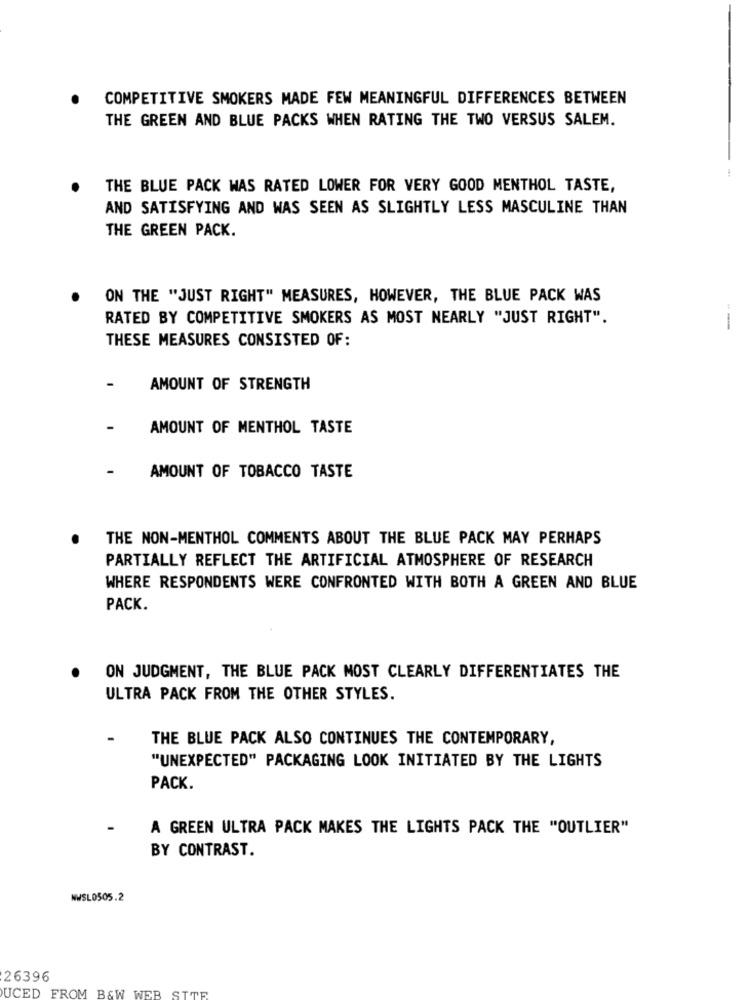
COMPETITIVE SMOKERS MADE FEW MEANINGFUL DIFFERENCES BETWEEN
THE GREEN AND BLUE PACKS WHEN RATING THE TWO VERSUS SALEM.
THE BLUE PACK WAS RATED LOWER FOR VERY GOOD MENTHOL TASTE,
AND SATISFYING AND WAS SEEN AS SLIGHTLY LESS MASCULINE THAN
THE GREEN PACK.
ON THE "JUST RIGHT" MEASURES, HOWEVER, THE BLUE PACK WAS
RATED BY COMPETITIVE SMOKERS AS MOST NEARLY "JUST RIGHT".
--
THESE MEASURES CONSISTED OF:
AMOUNT OF STRENGTH
AMOUNT OF MENTHOL TASTE
AMOUNT OF TOBACCO TASTE
THE NON-MENTHOL COMMENTS ABOUT THE BLUE PACK MAY PERHAPS
PARTIALLY REFLECT THE ARTIFICIAL ATMOSPHERE OF RESEARCH
WHERE RESPONDENTS WERE CONFRONTED WITH BOTH A GREEN AND BLUE
PACK.
ON JUDGMENT, THE BLUE PACK MOST CLEARLY DIFFERENTIATES THE
ULTRA PACK FROM THE OTHER STYLES.
THE BLUE PACK ALSO CONTINUES THE CONTEMPORARY,
"UNEXPECTED" PACKAGING LOOK INITIATED BY THE LIGHTS
PACK.
A GREEN ULTRA PACK MAKES THE LIGHTS PACK THE "OUTLIER"
BY CONTRAST.
NWSL0505.2
26396
UCED FROM B&W WEB SITE